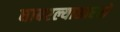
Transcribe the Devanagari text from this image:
घाबरल्यासारखे